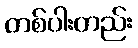
တစ်ပါးတည်း